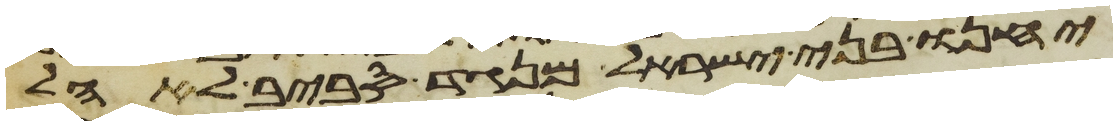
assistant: יחנו בני ישראל מנגד סביב לאהל